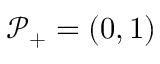
\mathcal { P } _ { + } = ( 0 , 1 )